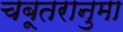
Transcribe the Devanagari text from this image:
चबूतरानुमा